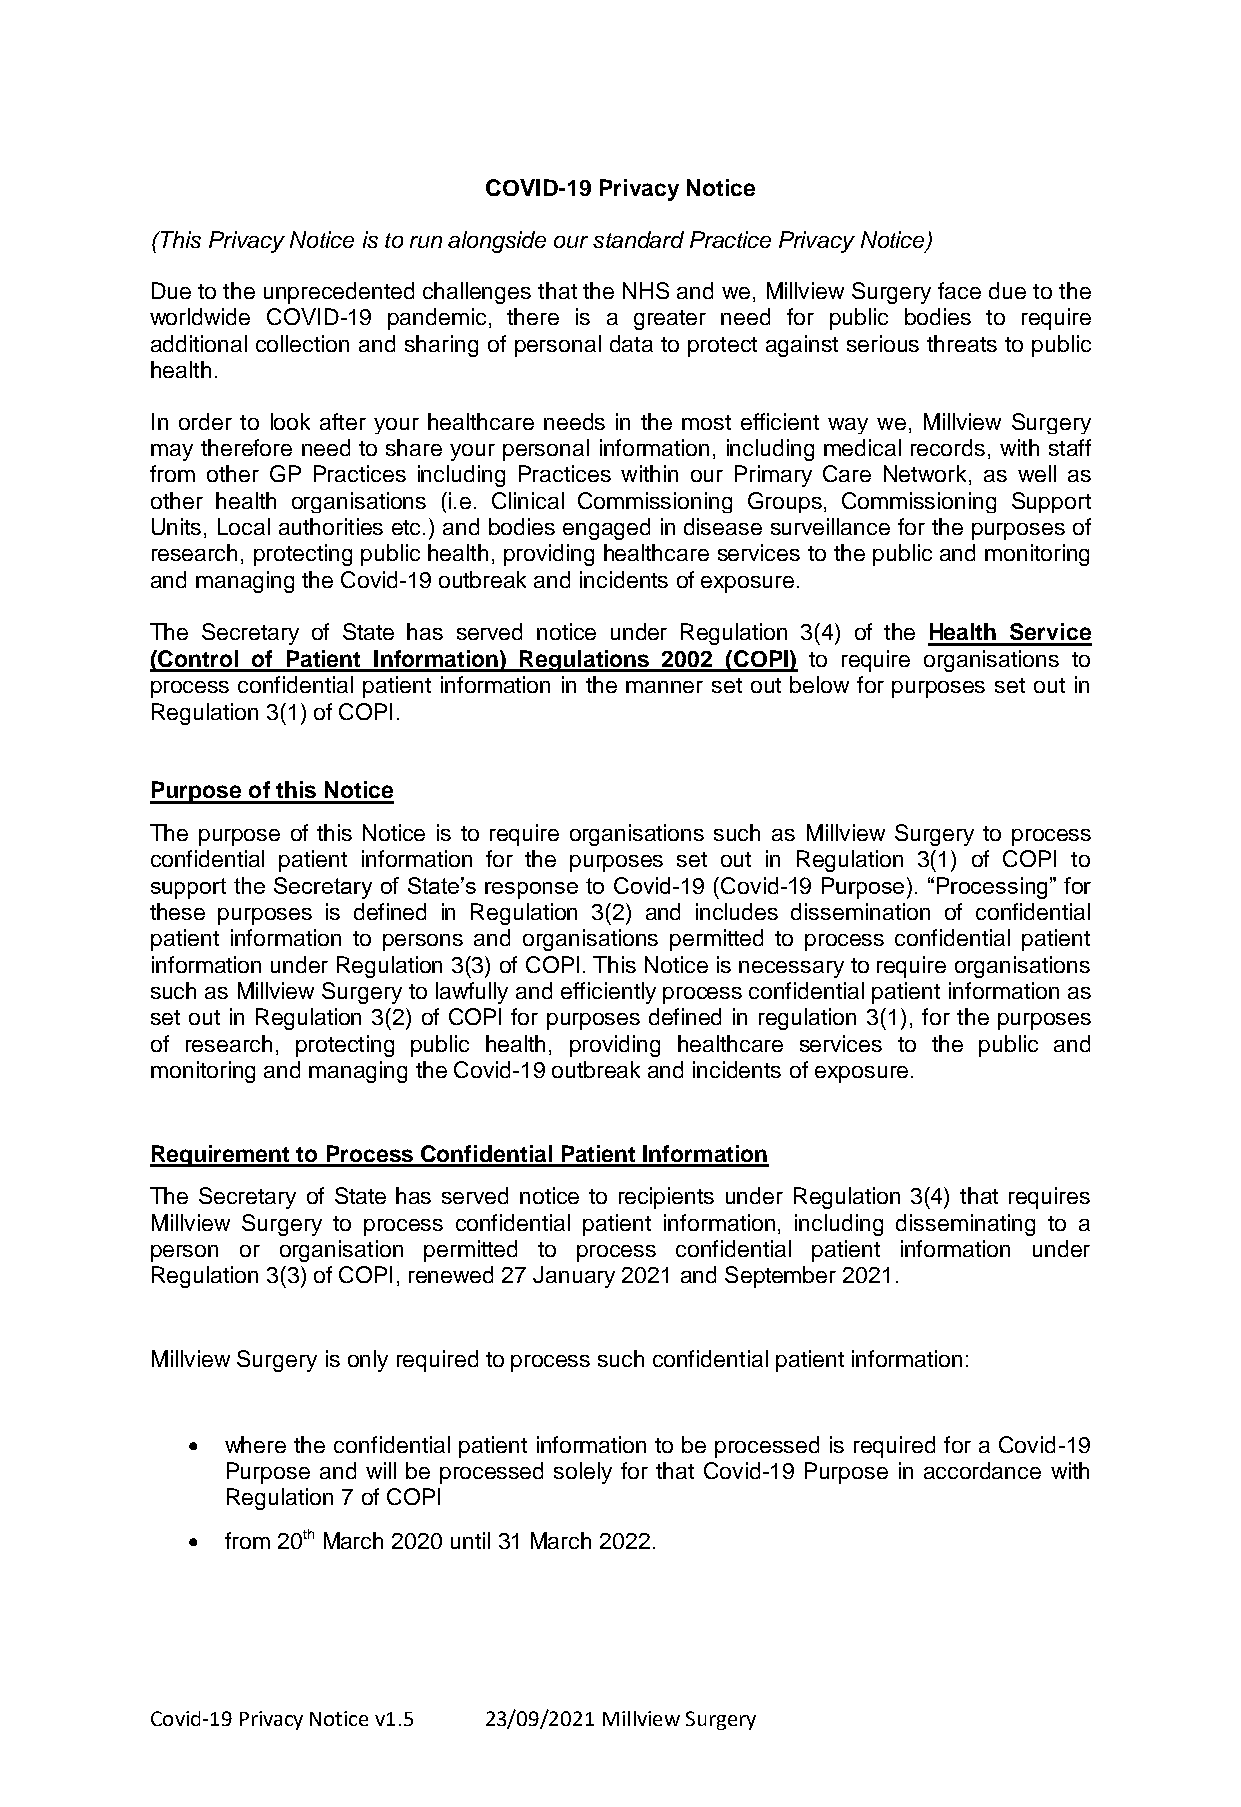
COVID-19 Privacy Notice
 (This Privacy Notice is to run alongside our standard Practice Privacy Notice)
 Due to the unprecedented challenges that the NHS and we, Millview Surgery face due to the
 worldwide COVID-19 pandemic, there is a greater need for public bodies to require
 additional collection and sharing of personal data to protect against serious threats to public
 health.
 In order to look after your healthcare needs in the most efficient way we, Millview Surgery
 may therefore need to share your personal information, including medical records, with staff
 from other GP Practices including Practices within our Primary Care Network, as well as
 other health organisations (i.e. Clinical Commissioning Groups, Commissioning Support
 Units, Local authorities etc.) and bodies engaged in disease surveillance for the purposes of
 research, protecting public health, providing healthcare services to the public and monitoring
 and managing the Covid-19 outbreak and incidents of exposure.
 The Secretary of State has served notice under Regulation 3(4) of the Health Service
 (Control of Patient Information) Regulations 2002 (COPI) to require organisations to
 process confidential patient information in the manner set out below for purposes set out in
 Regulation 3(1) of COPI.
 Purpose of this Notice
 The purpose of this Notice is to require organisations such as Millview Surgery to process
 confidential patient information for the purposes set out in Regulation 3(1) of COPI to
 support the Secretary of State’s response to Covid-19 (Covid-19 Purpose). “Processing” for
 these purposes is defined in Regulation 3(2) and includes dissemination of confidential
 patient information to persons and organisations permitted to process confidential patient
 information under Regulation 3(3) of COPI. This Notice is necessary to require organisations
 such as Millview Surgery to lawfully and efficiently process confidential patient information as
 set out in Regulation 3(2) of COPI for purposes defined in regulation 3(1), for the purposes
 of research, protecting public health, providing healthcare services to the public and
 monitoring and managing the Covid-19 outbreak and incidents of exposure.
 Requirement to Process Confidential Patient Information
 The Secretary of State has served notice to recipients under Regulation 3(4) that requires
 Millview Surgery to process confidential patient information, including disseminating to a
 person or organisation permitted to process confidential patient information under
 Regulation 3(3) of COPI, renewed 27 January 2021 and September 2021.
 Millview Surgery is only required to process such confidential patient information:
   where the confidential patient information to be processed is required for a Covid-19
 Purpose and will be processed solely for that Covid-19 Purpose in accordance with
 Regulation 7 of COPI
   from 20th March 2020 until 31 March 2022.
 Covid-19 Privacy Notice v1.5 23/09/2021 Millview Surgery